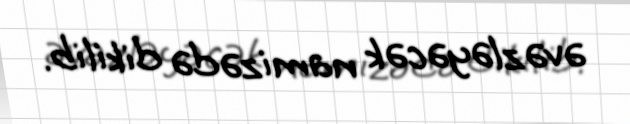
əvəzləyəcək namizədə dikilib.